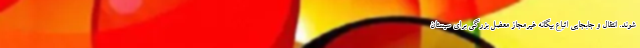
شوند. انتقال و جابجایی اتباع بیگانه غیرمجاز معضل بزرگی برای سیستان